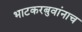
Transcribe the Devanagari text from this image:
भाटकरबुवांनाच